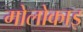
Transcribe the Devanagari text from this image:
मोलोकाइ